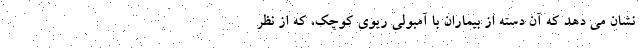
نشان می دهد که آن دسته از بیماران با آمبولی ریوی کوچک، که از نظر